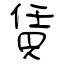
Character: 賃